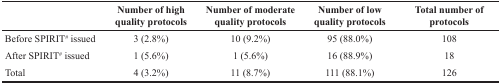
<table><thead><tr><td></td><td><b>Number of high quality protocols</b></td><td><b>Number of moderate quality protocols</b></td><td><b>Number of low quality protocols</b></td><td><b>Total number of protocols</b></td></tr></thead><tbody><tr><td>Before SPIRIT<sup>#</sup> issued</td><td>3 (2.8%)</td><td>10 (9.2%)</td><td>95 (88.0%)</td><td>108</td></tr><tr><td>After SPIRIT<sup>#</sup> issued</td><td>1 (5.6%)</td><td>1 (5.6%)</td><td>16 (88.9%)</td><td>18</td></tr><tr><td>Total</td><td>4 (3.2%)</td><td>11 (8.7%)</td><td>111 (88.1%)</td><td>126</td></tr></tbody></table>